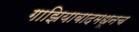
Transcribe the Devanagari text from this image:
गाझियाबादमधूनच